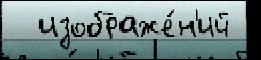
  изображе́н'ий